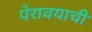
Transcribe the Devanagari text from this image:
पेरावयाची